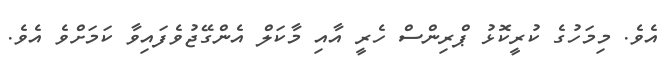
އެވެ. މިމަހުގެ ކުރީކޮޅު ޕްރިންސް ހެރީ އާއި މާކަލް އެންގޭޖުވެފައިވާ ކަމަށްވެ އެވެ.